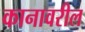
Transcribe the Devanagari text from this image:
कानावरील